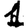
Digit: 1